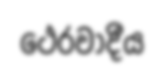
ථෙරවාදීය